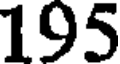
195